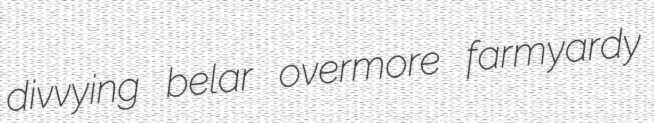
divvying belar overmore farmyardy